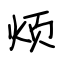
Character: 烦